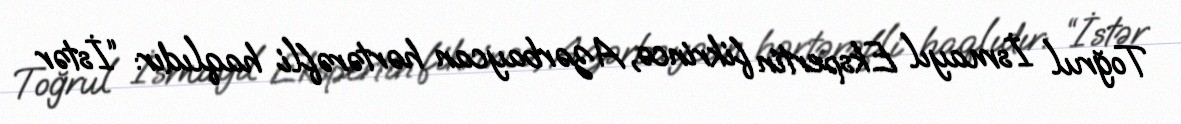
Toğrul İsmayıl Ekspertin fikrincə, Azərbaycan hərtərəfli haqlıdır: “İstər